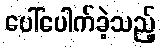
ပေါ်ပေါက်ခဲ့သည့်